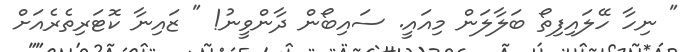
" ނިހާ ހޭލައިފިތޯ ބަލާލަން މިއައީ. ސައިބޯން ދާންވީނު! " ޒައިނާ ކޮޓަރިތެރެއަށް